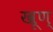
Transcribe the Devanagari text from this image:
खूण्